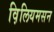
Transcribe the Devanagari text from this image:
व़िलियमसन